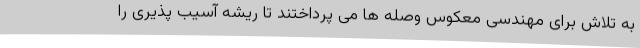
به تلاش برای مهندسی معکوس وصله ها می پرداختند تا ریشه آسیب پذیری را